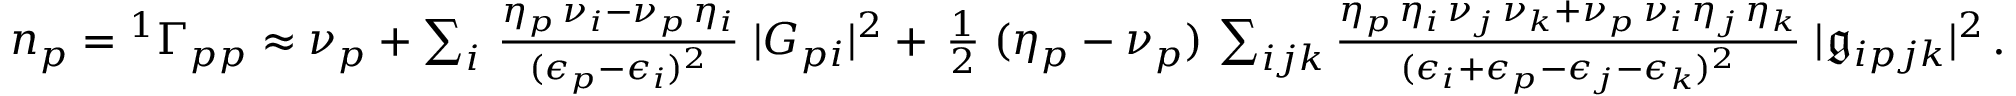
\begin{array} { r } { n _ { p } = { ^ { 1 } \Gamma } _ { p p } \approx \nu _ { p } + \sum _ { i } \, \frac { \eta _ { p } \, \nu _ { i } - \nu _ { p } \, \eta _ { i } } { ( \epsilon _ { p } - \epsilon _ { i } ) ^ { 2 } } \; | G _ { p i } | ^ { 2 } + \, \frac { 1 } { 2 } \; ( \eta _ { p } - \nu _ { p } ) \, \sum _ { i j k } \frac { \eta _ { p } \, \eta _ { i } \, \nu _ { j } \, \nu _ { k } + \nu _ { p } \, \nu _ { i } \, \eta _ { j } \, \eta _ { k } } { ( \epsilon _ { i } + \epsilon _ { p } - \epsilon _ { j } - \epsilon _ { k } ) ^ { 2 } } \; | \mathfrak { g } _ { i p j k } | ^ { 2 } \, . } \end{array}